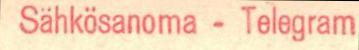
Sähkösanoma-Telegram